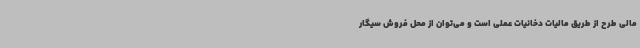
مالی طرح از طریق مالیات دخانیات عملی است و می‌توان از محل فروش سیگار